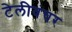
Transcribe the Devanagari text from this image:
टेलीवंचर